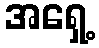
အရှေ့